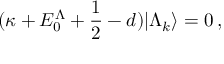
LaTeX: ( \kappa + E _ { 0 } ^ { \Lambda } + \frac { 1 } { 2 } - d ) | \Lambda _ { k } \rangle = 0 \, ,